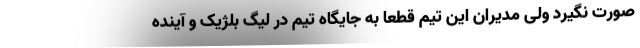
صورت نگیرد ولی مدیران این تیم قطعا به جایگاه تیم در لیگ بلژیک و آینده